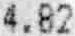
4.82